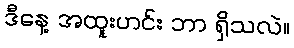
ဒီနေ့ အထူးဟင်း ဘာ ရှိသလဲ။